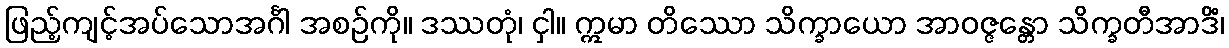
ဖြည့်ကျင့်အပ်သောအင်္ဂါ အစဉ်ကို။ ဒဿတုံ၊ ငှါ။ ဣမာ တိဿော သိက္ခာယော အာဝဇ္ဇန္တော သိက္ခတီအာဒိံ၊